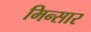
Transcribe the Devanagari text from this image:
मिन्सार